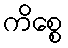
ကိစ္စေ